Indian journal of veterinary science and animal husbandry - Volume 13,
Year: 1943
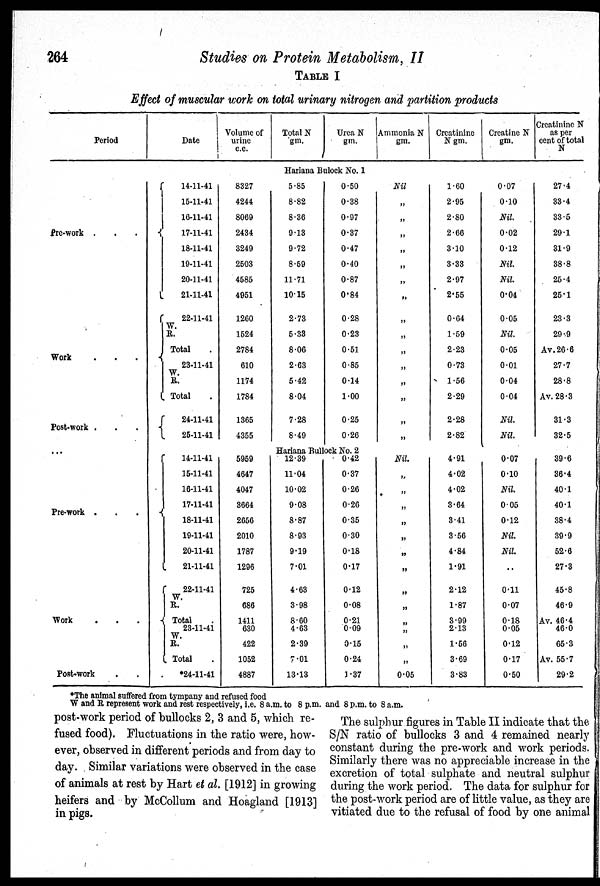
264
Studies on Protein Metabolism, II
TABLE I
Effect of muscular work on total urinary nitrogen and partition products
Period
Pre-work . . .
Work . . .
Post-work . . .
Pre-work . . .
Work . . .
Post-work . . .
Date
Volume of
urine
c.c.
Total N
gm.
Urea N
gm.
Ammonia N
gm.
Creatinine
N gm.
Creatine N
gm.
Creatinine N
as per
cent of total
N
Hariana Bulock No. 1
14-11-41
15-11-41
16-11-41
17-11-41
18-11-41
19-11-41
20-11-41
21-11-41
22-11-41
W.
R.
Total .
23-11-41
W.
R.
Total .
24-11-41
25-11-41
8327
4244
8069
2434
3249
2503
4585
4951
1260
1524
2784
610
1174
1784
1365
4355
5.85
8.82
8.36
9.13
9.72
8.59
11.71
10.15
2.73
5.33
8.06
2.63
5.42
8.04
7.28
8.49
0.50
0.38
0.97
0.37
0.47
0.40
0.87
0.84
0.28
0.23
0.51
0.85
0.14
1.00
0.25
0.26
Nil
„
„
„
„
„
„
„
„
„
„
„
„
„
„
„
1.60
2.95
2.80
2.66
3.10
3.33
2.97
2.55
0.64
1.59
2.23
0.73
1.56
2.29
2.28
2.82
0.07
0.10
Nil.
0.02
0.12
Nil.
Nil.
0.04
0.05
Nil.
0.05
0.01
0.04
0.04
Nil.
Nil.
27.4
33.4
33.5
29.1
31.9
38.8
25.4
25.1
23.3
29.9
Av.26.6
27.7
28.8
Av. 28.3
31.3
32.5
Hariana Bullock No. 2
14-11-41
15-11-41
16-11-41
17-11-41
18-11-41
19-11-41
20-11-41
21-11-41
22-11-41
W.
R.
Total .
23-11-41
W.
R.
Total .
*24-11-41
5959
4647
4047
3664
2656
2010
1787
1296
725
686
1411
630
422
1052
4887
12.39
11.04
10.02
9.08
8.87
8.93
9.19
7.01
4.63
3.98
8.60
4.63
2.39
7.01
13.13
0.42
0.37
0.26
0.26
0.35
0.30
0.18
0.17
0.12
0.08
0.21
0.09
0.15
0.24
1.37
Nil.
„
„
„
„
„
„
„
„
„
„
„
„
0.05
4.91
4.02
4.02
3.64
3.41
3.56
4.84
1.91
2.12
1.87
3.99
2.13
1.56
3.69
3.83
0.07
0.10
Nil.
0.05
0.12
Nil.
Nil.
..
0.11
0.07
0.18
0.05
0.12
0.17
0.50
39.6
36.4
40.1
40.1
38.4
39.9
52.6
27.3
45.8
46.9
Av. 46.4
46.0
65.3
Av. 55.7
29.2
*The animal suffered from tympany and refused food
W and R represent work and rest respectively, i.e. 8 a.m. to 8 p.m. and 8 p.m. to 8 a.m.
post-work period of bullocks 2, 3 and 5, which re-
fused food). Fluctuations in the ratio were, how-
ever, observed in different periods and from day to
day. Similar variations were observed in the case
of animals at rest by Hart et al. [1912] in growing
heifers and by McCollum and Hoagland [1913]
in pigs.
The sulphur figures in Table II indicate that the
S/N ratio of bullocks 3 and 4 remained nearly
constant during the pre-work and work periods.
Similarly there was no appreciable increase in the
excretion of total sulphate and neutral sulphur
during the work period. The data for sulphur for
the post-work period are of little value, as they are
vitiated due to the refusal of food by one animal